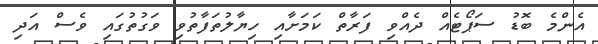
އެންމެ ބޮޑު ސަޕޯޓެއް ދެއްވި ފަރާތް ކަމަށާއި ހިޔާލުތަފާތުވި ވަގުތުގައި ވެސް އަދި